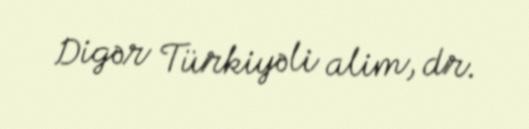
Digər Türkiyəli alim, dr.